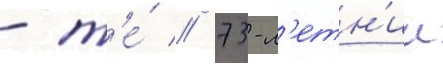
- т'е́ // 73-л'етн'ии